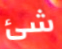
شئ